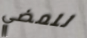
للمضي